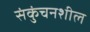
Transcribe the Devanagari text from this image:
संकुंचनशील